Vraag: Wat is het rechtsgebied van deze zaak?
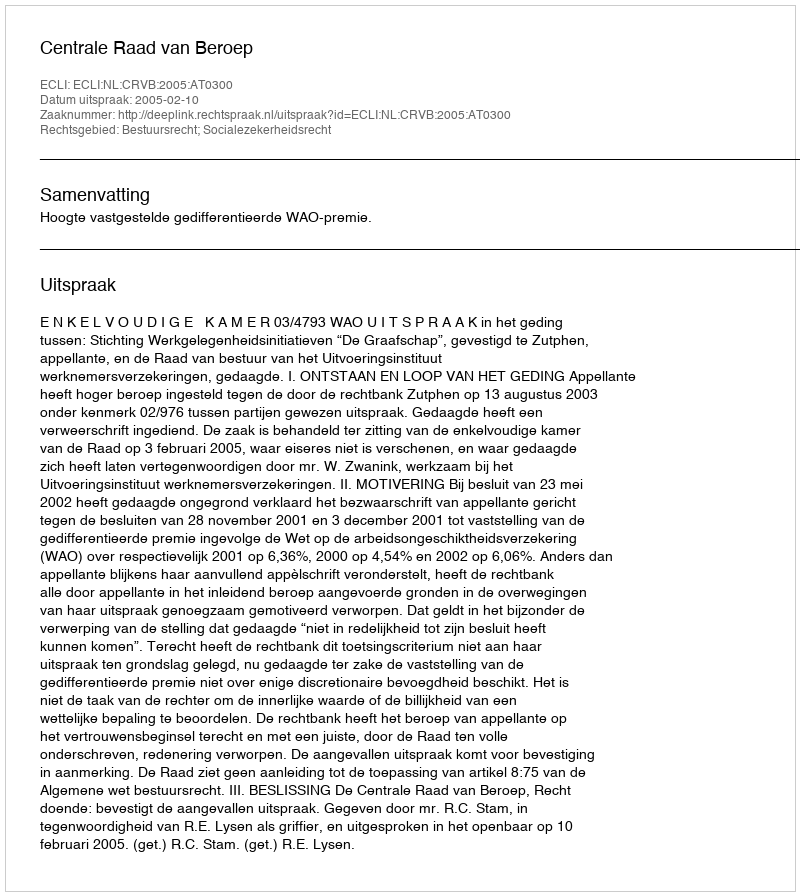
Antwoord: Bestuursrecht; Socialezekerheidsrecht